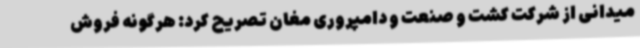
میدانی از شرکت کشت و صنعت و دامپروری مغان تصریح کرد: هرگونه فروش